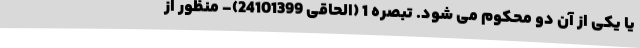
یا یکی از آن دو محکوم می ‌شود. تبصره 1 (الحاقی 24101399)- منظور از